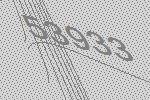
53933